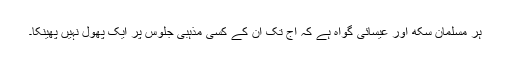
ہر مسلمان سکھ اور عیسائی گواہ ہے کہ آج تک ان کے کسی مذہبی جلوس پر ایک پھول نہیں پھینکا۔